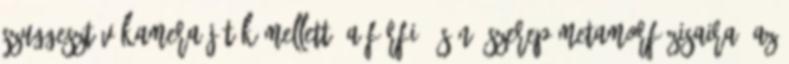
szuggesztív kamera-játék mellett, a férfi- és nő-szerep metamorfózisaira, az